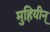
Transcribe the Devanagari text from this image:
मुहियीन्